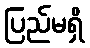
ပြည်မရှိ